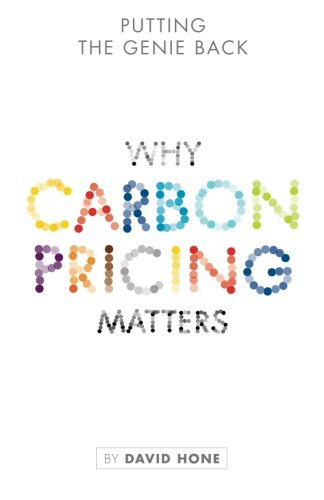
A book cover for Putting the Genie Back: Why Carbon Pricing Matters (Volume 2); David Hone; Business & Money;